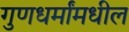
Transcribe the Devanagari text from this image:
गुणधर्मांमधील